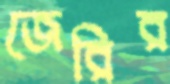
জেরির